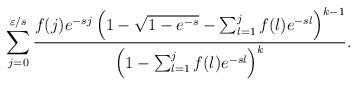
LaTeX: \begin{align*}\sum_{j=0}^{\varepsilon/s} \frac{ f(j) e^{-sj} \left(1-\sqrt{1-e^{-s}}-\sum_{l=1}^j f(l) e^{-sl}\right)^{k-1}}{\left(1-\sum_{l=1}^j f(l) e^{-sl}\right)^k}.\end{align*}